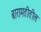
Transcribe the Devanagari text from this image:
बारामतीतील